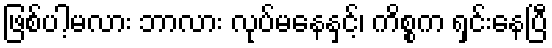
ဖြစ်ပါ့မလား ဘာလား လုပ်မနေနှင့်၊ ကိစ္စက ရှင်းနေပြီ